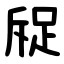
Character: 䟟